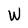
Character: W